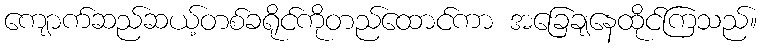
ကျောက်ဆည်ဆယ့်တစ်ခရိုင်ကိုတည်ထောင်ကာ အခြေချနေထိုင်ကြသည်။